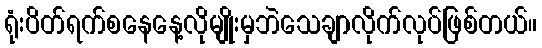
ရုံးပိတ်ရက်စနေနေ့လိုမျိုးမှဘဲသေချာလိုက်လုပ်ဖြစ်တယ်။